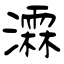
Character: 瀮